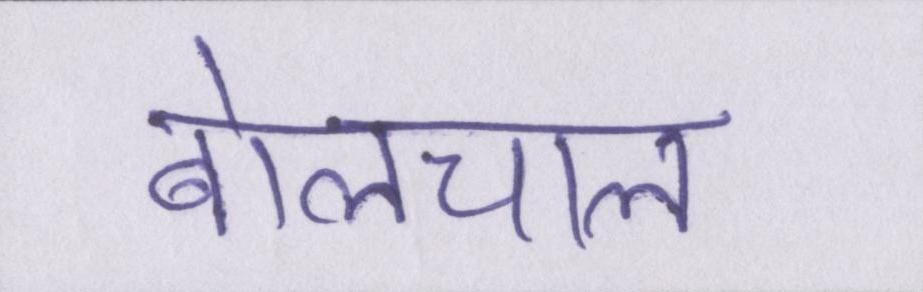
बोलचाल